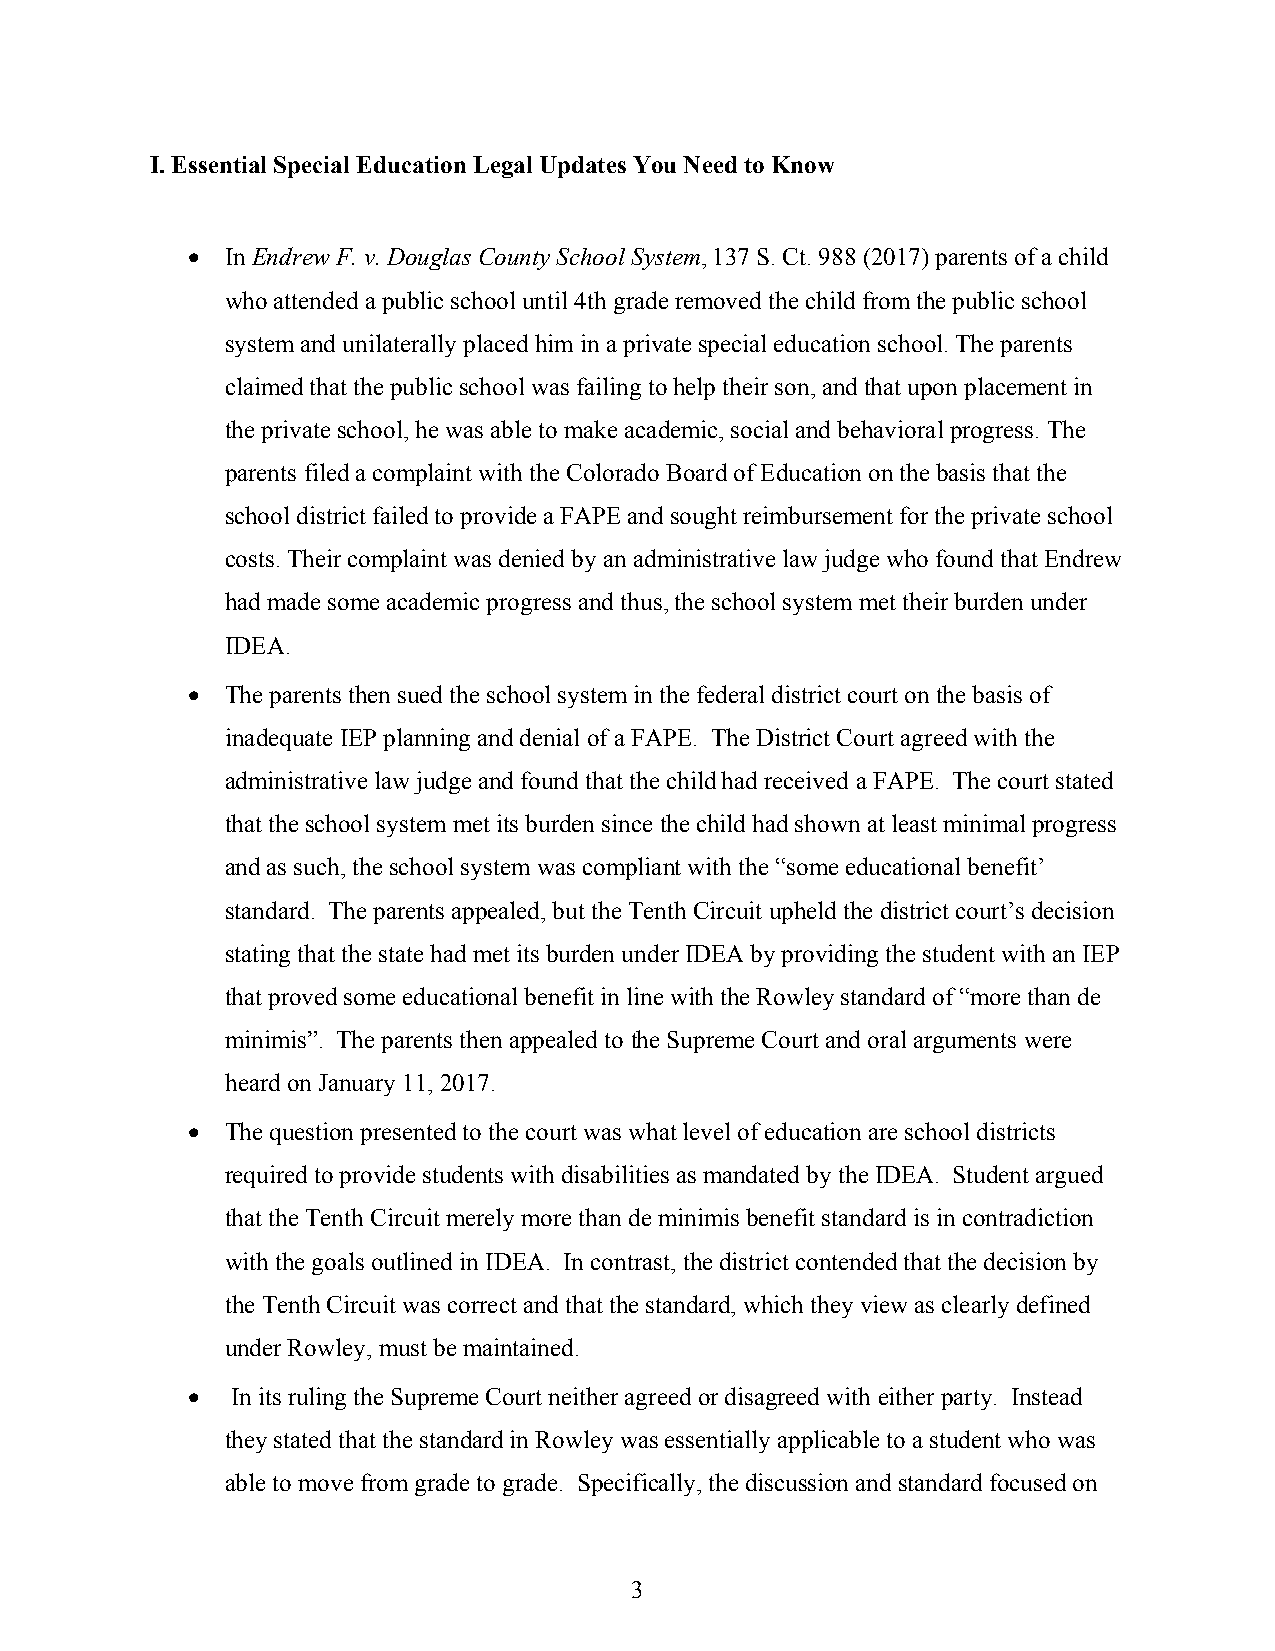
I. Essential Special Education Legal Updates You Need to Know
   In Endrew F. v. Douglas County School System, 137 S. Ct. 988 (2017) parents of a child
 who attended a public school until 4th grade removed the child from the public school
 system and unilaterally placed him in a private special education school. The parents
 claimed that the public school was failing to help their son, and that upon placement in
 the private school, he was able to make academic, social and behavioral progress. The
 parents filed a complaint with the Colorado Board of Education on the basis that the
 school district failed to provide a FAPE and sought reimbursement for the private school
 costs. Their complaint was denied by an administrative law judge who found that Endrew
 had made some academic progress and thus, the school system met their burden under
 IDEA.
   The parents then sued the school system in the federal district court on the basis of
 inadequate IEP planning and denial of a FAPE. The District Court agreed with the
 administrative law judge and found that the child had received a FAPE. The court stated
 that the school system met its burden since the child had shown at least minimal progress
 and as such, the school system was compliant with the “some educational benefit’
 standard. The parents appealed, but the Tenth Circuit upheld the district court’s decision
 stating that the state had met its burden under IDEA by providing the student with an IEP
 that proved some educational benefit in line with the Rowley standard of “more than de
 minimis”. The parents then appealed to the Supreme Court and oral arguments were
 heard on January 11, 2017.
   The question presented to the court was what level of education are school districts
 required to provide students with disabilities as mandated by the IDEA. Student argued
 that the Tenth Circuit merely more than de minimis benefit standard is in contradiction
 with the goals outlined in IDEA. In contrast, the district contended that the decision by
 the Tenth Circuit was correct and that the standard, which they view as clearly defined
 under Rowley, must be maintained.
   In its ruling the Supreme Court neither agreed or disagreed with either party. Instead
 they stated that the standard in Rowley was essentially applicable to a student who was
 able to move from grade to grade. Specifically, the discussion and standard focused on
 3